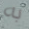
به